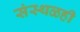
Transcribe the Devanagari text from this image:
संस्थळही